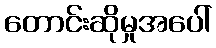
တောင်းဆိုမှုအပေါ်